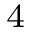
_ { \textrm { 4 } }